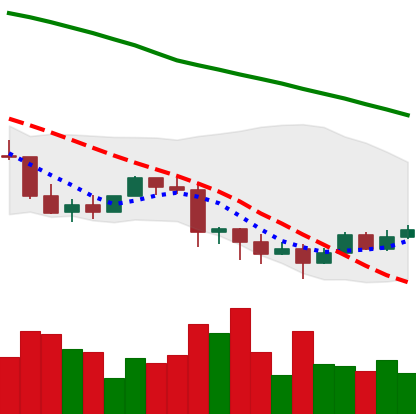
Ticker: EOS-USD
Chart end date: 2022-01-15
Forward return: -9.762%
Label: down_7plus